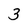
Character: 3